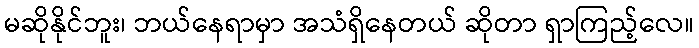
မဆိုနိုင်ဘူး၊ ဘယ်နေရာမှာ အသံရှိနေတယ် ဆိုတာ ရှာကြည့်လေ။